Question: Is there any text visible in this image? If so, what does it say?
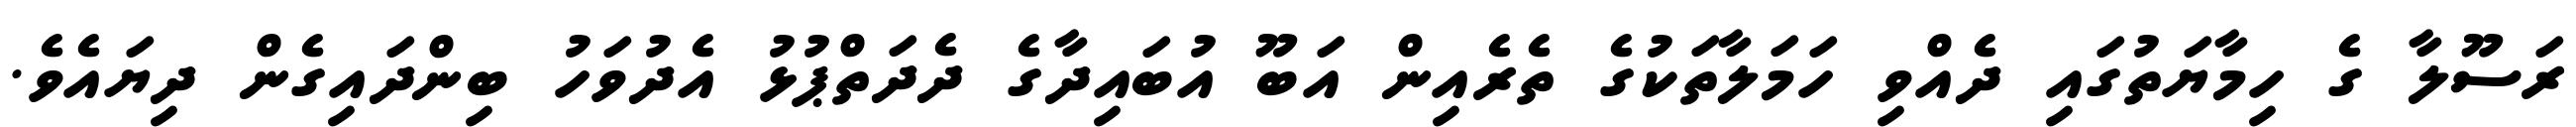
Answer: ރަސޫލާ ގެ ހިމާޔަތުގައި ދެއްވި ހަމަލާތަކުގެ ތެރެއިން އަބޫ އުބައިދާގެ ދެދަތްޕުޅު އެދުވަހު ބިންދައިގެން ދިޔައެވެ.